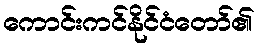
ကောင်းကင်နိုင်ငံတော်၏